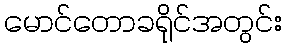
မောင်တောခရိုင်အတွင်း